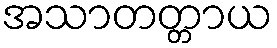
အသာတတ္တာယ